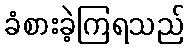
ခံစားခဲ့ကြရသည်